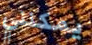
يمكنني